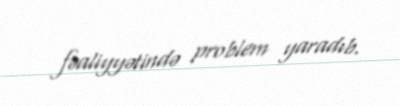
fəaliyyətində problem yaradıb.